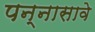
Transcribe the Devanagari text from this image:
पन्नासावे